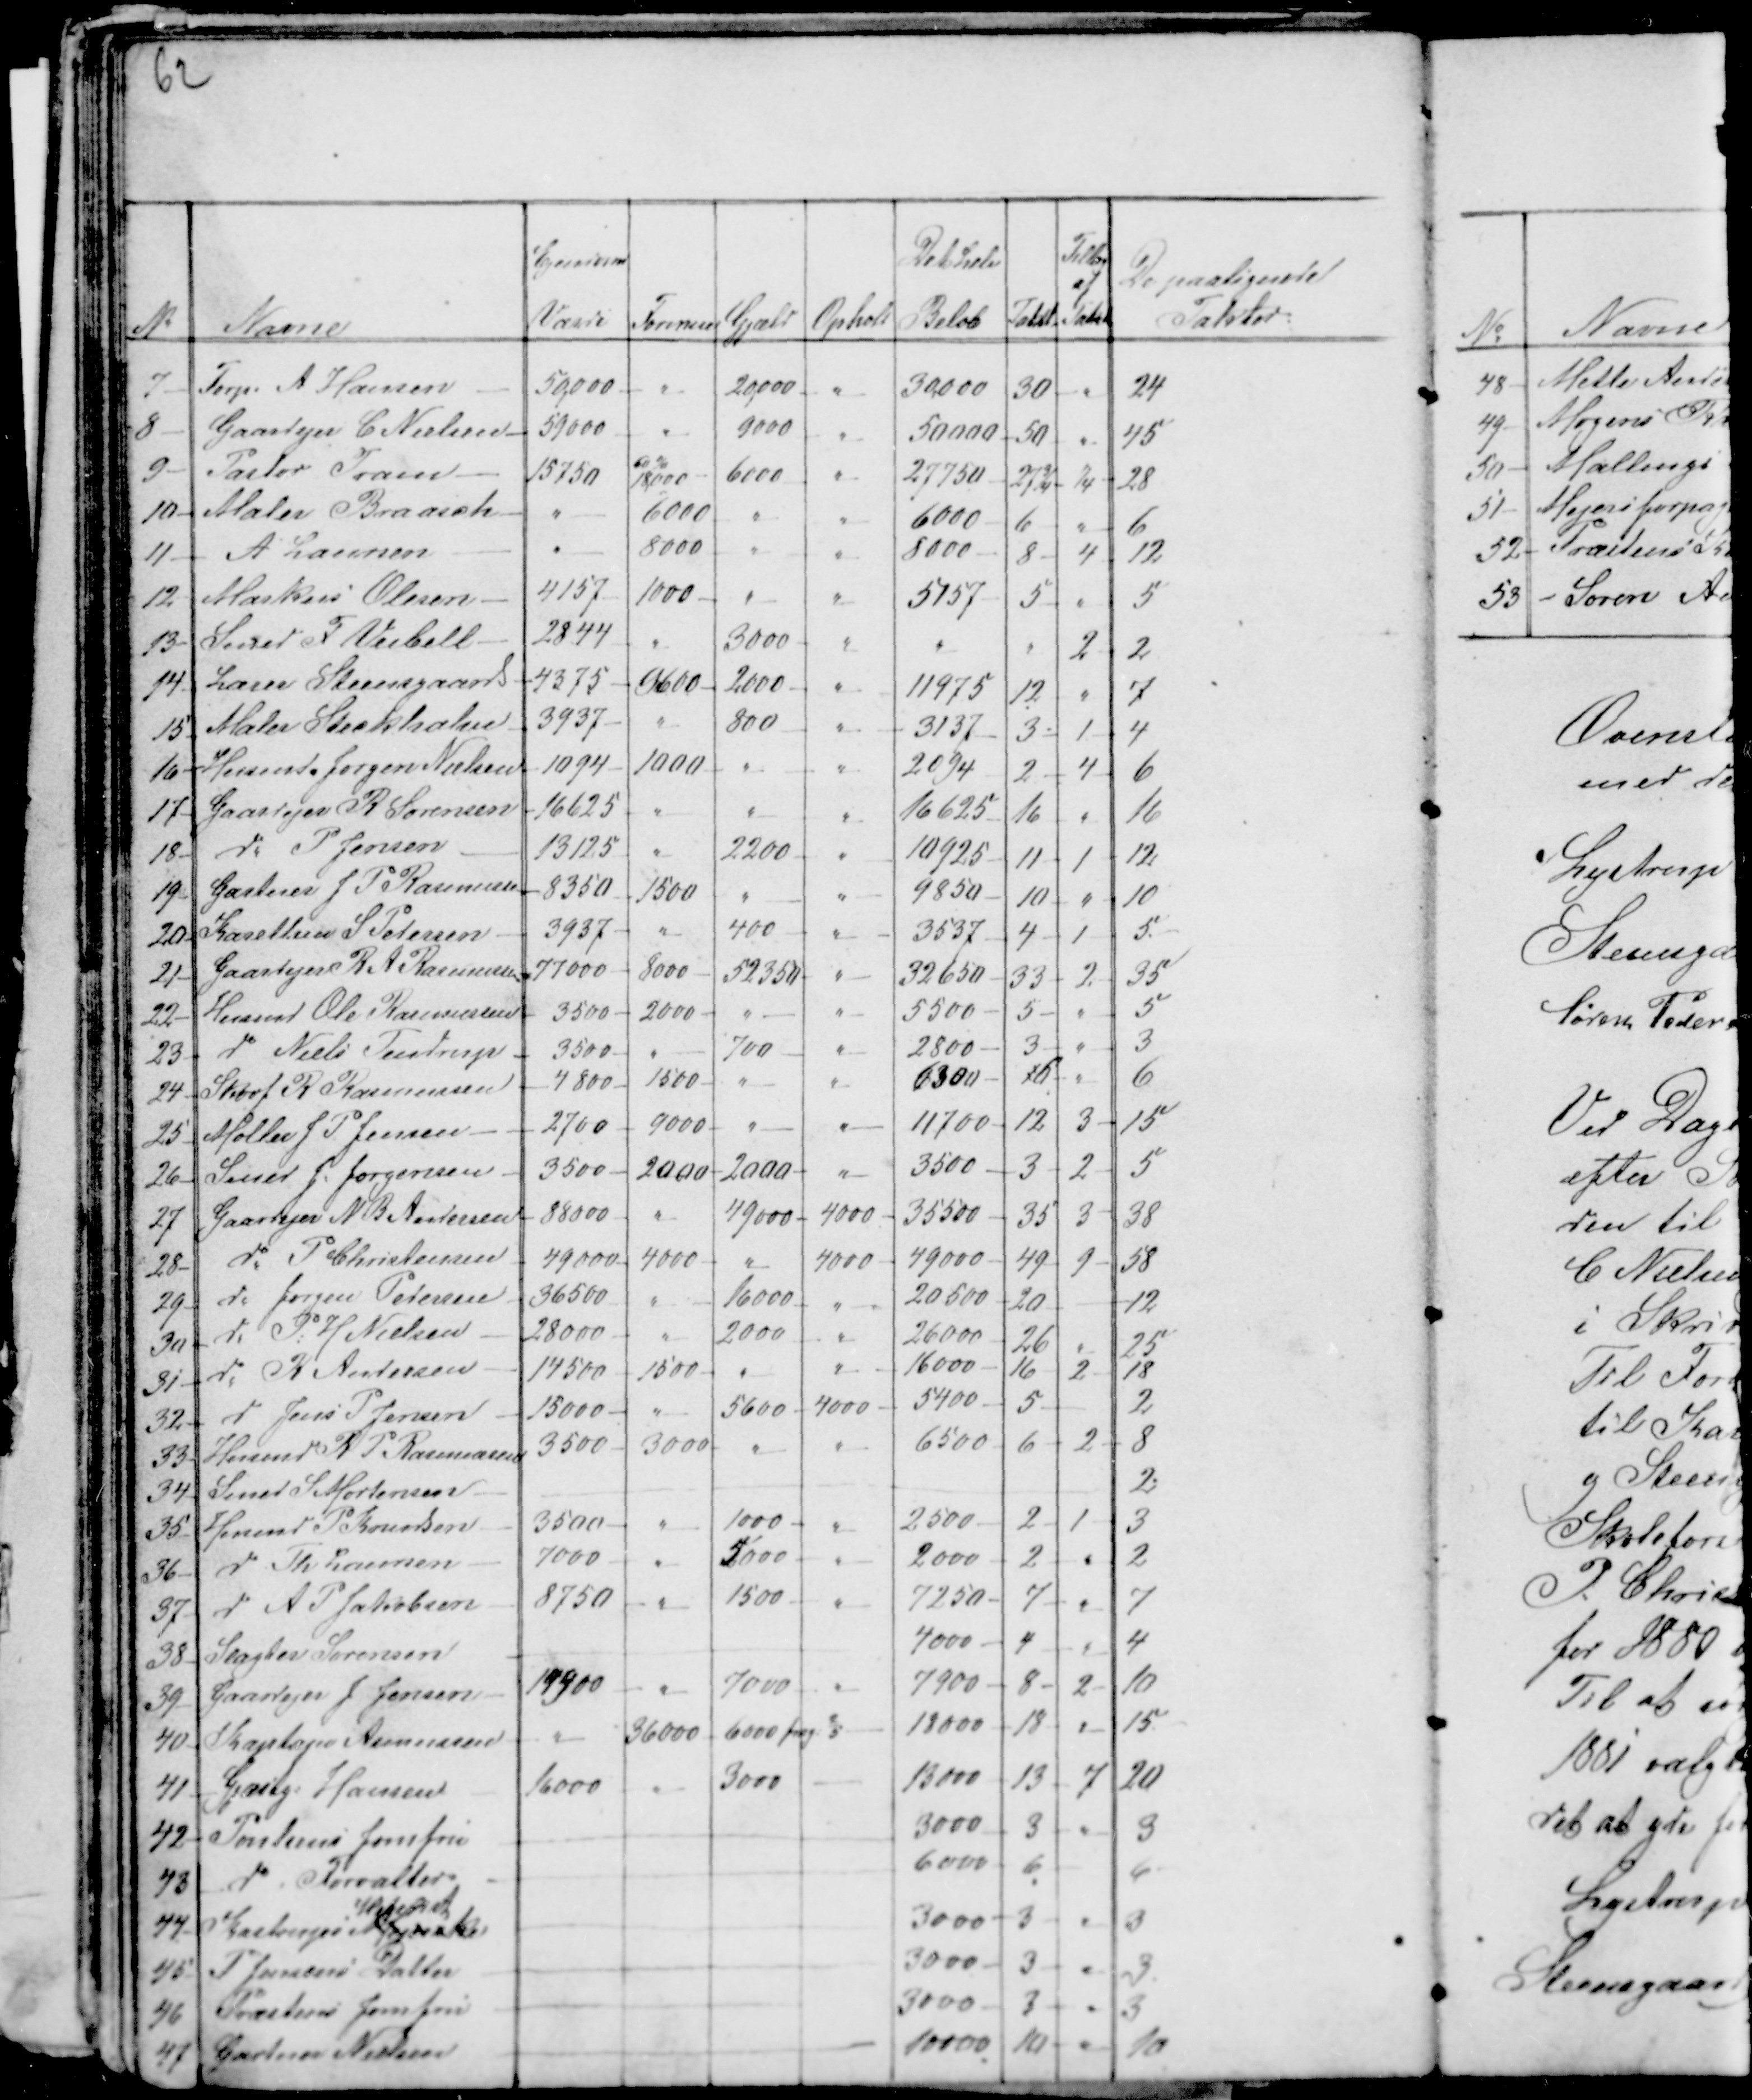
Transskription:
62